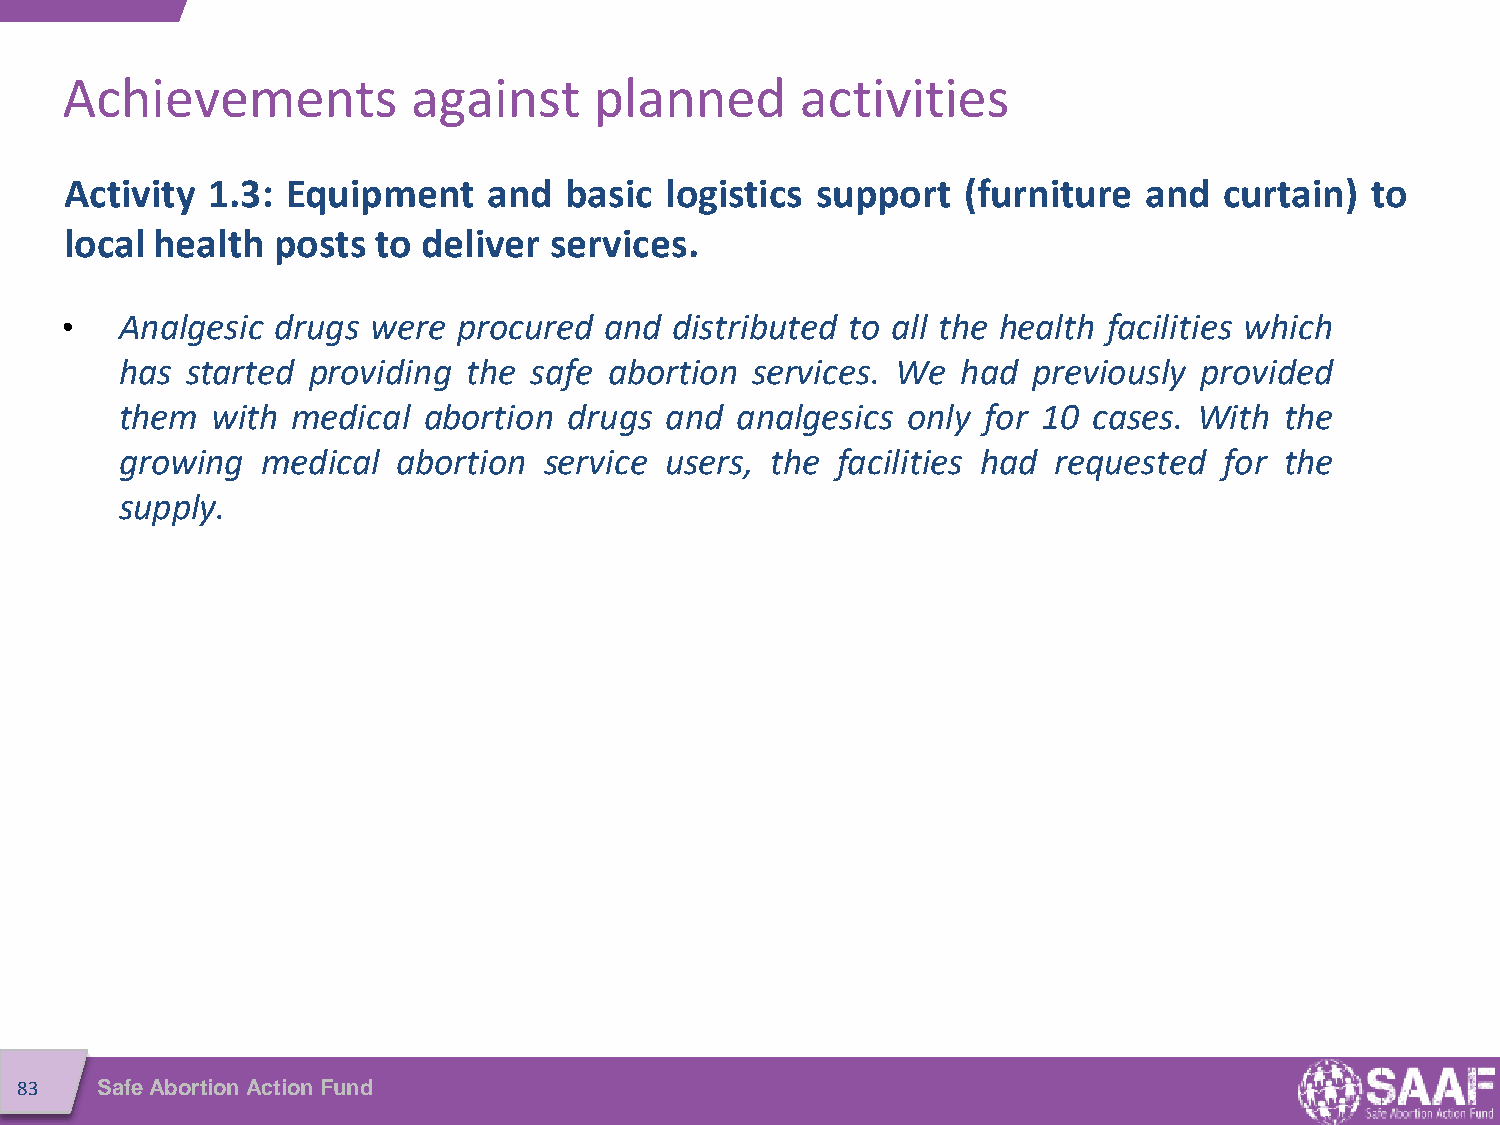
Achievements           against     planned       activities
 Activity  1.3: Equipment    and  basic  logistics support   (furniture  and  curtain)  to
 local health  posts  to deliver services.
 •   Analgesic drugs  were procured  and  distributed to all the health facilities which
 has started providing  the safe abortion  services. We  had previously provided
 them  with medical  abortion  drugs and  analgesics only for 10 cases. With  the
 growing  medical  abortion  service users, the facilities had requested  for the
 supply.
 83   Safe Abortion Action Fund